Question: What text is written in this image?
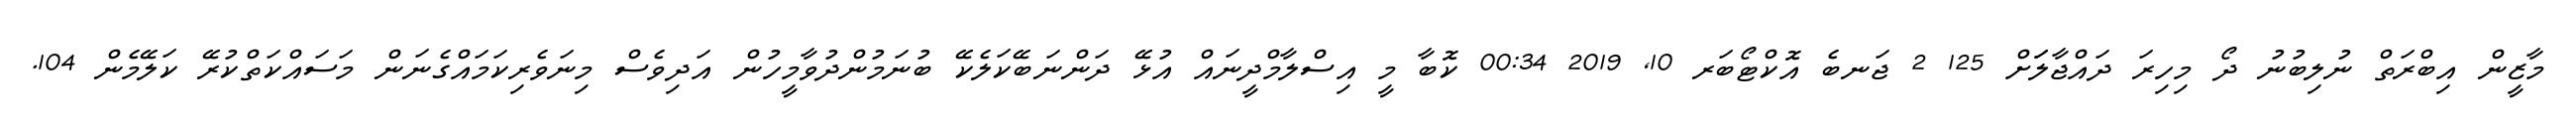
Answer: މާޒީން އިބްރަތް ނުލިބުނު ދޯ މިހިރަ ދައްޖާލަަށް 125 2 ޖަނބެ އޮކްޓޯބަރ 10, 2019 00:34 ކޮބާ މީ އިސްލާމްދީނައް އުޅޭ ދަންނަބޭކަލެކޭ ބުނަމުންދުވާމީހުން އަދިވެސް މިނަވެރިކަމައްގެނަން މަސައްކަތްކުރޭ ކަލޭމެން 104.